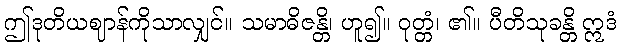
ဤဒုတိယဈာန်ကိုသာလျှင်။ သမာဓိဇန္တိ၊ ဟူ၍။ ဝုတ္တံ၊ ၏။ ပီတိသုခန္တိ ဣဒံ